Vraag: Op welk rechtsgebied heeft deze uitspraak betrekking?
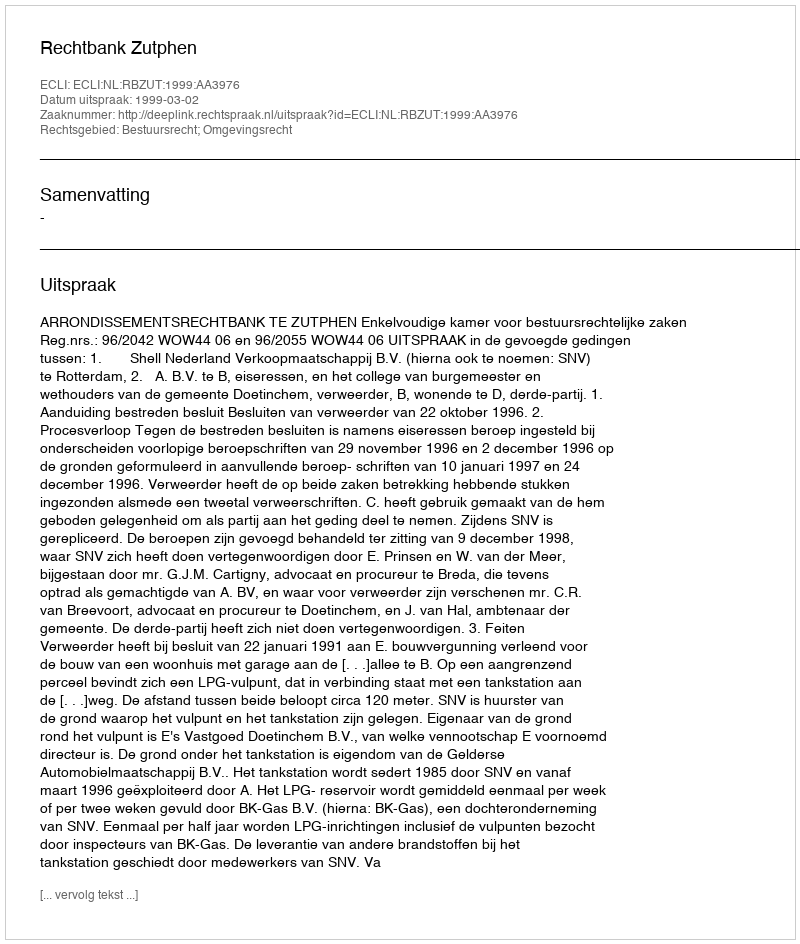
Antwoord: Bestuursrecht; Omgevingsrecht